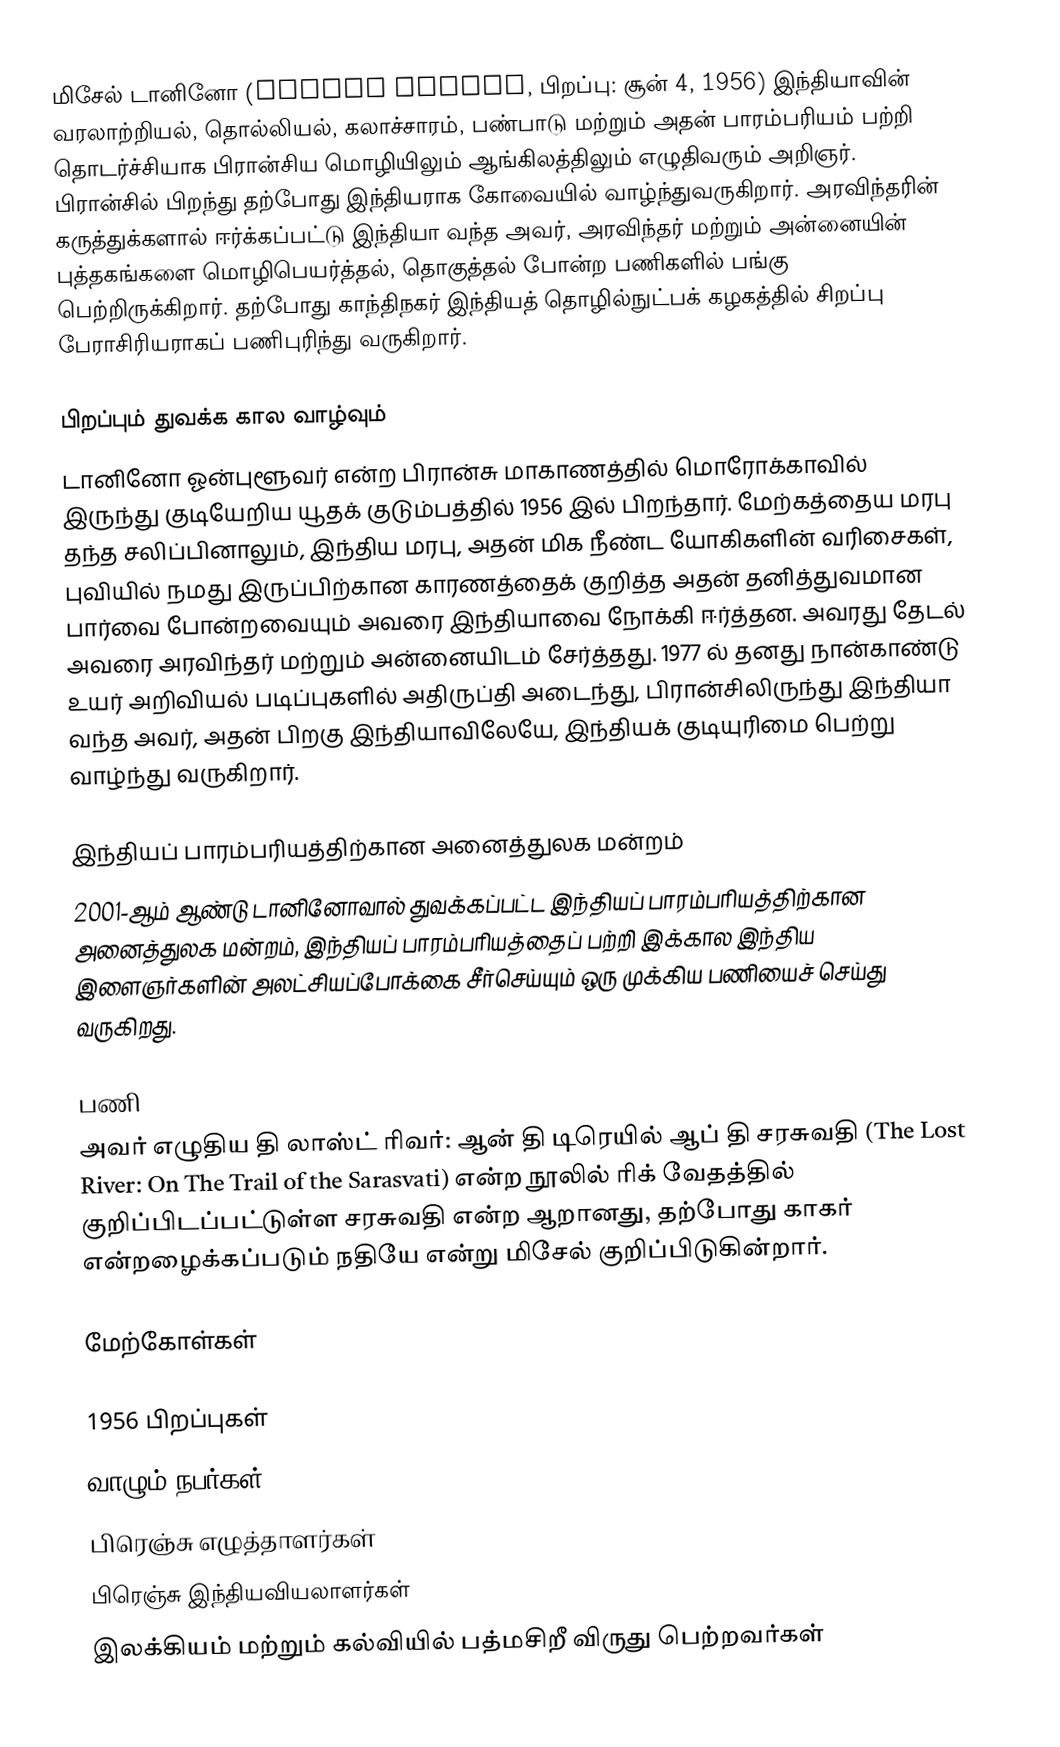
மிசேல் டானினோ (Michel Danino, பிறப்பு: சூன் 4, 1956) இந்தியாவின் வரலாற்றியல், தொல்லியல், கலாச்சாரம், பண்பாடு மற்றும் அதன் பாரம்பரியம் பற்றி தொடர்ச்சியாக பிரான்சிய மொழியிலும் ஆங்கிலத்திலும் எழுதிவரும் அறிஞர். பிரான்சில் பிறந்து தற்போது இந்தியராக கோவையில் வாழ்ந்துவருகிறார். அரவிந்தரின் கருத்துக்களால் ஈர்க்கப்பட்டு இந்தியா வந்த அவர், அரவிந்தர் மற்றும் அன்னையின் புத்தகங்களை மொழிபெயர்த்தல், தொகுத்தல் போன்ற பணிகளில் பங்கு பெற்றிருக்கிறார். தற்போது காந்திநகர் இந்தியத் தொழில்நுட்பக் கழகத்தில் சிறப்பு பேராசிரியராகப் பணிபுரிந்து வருகிறார்.

பிறப்பும் துவக்க கால வாழ்வும்
டானினோ ஓன்புளூவர் என்ற பிரான்சு மாகாணத்தில் மொரோக்காவில் இருந்து குடியேறிய யூதக் குடும்பத்தில் 1956 இல் பிறந்தார். மேற்கத்தைய மரபு தந்த சலிப்பினாலும், இந்திய மரபு, அதன் மிக நீண்ட யோகிகளின் வரிசைகள், புவியில் நமது இருப்பிற்கான காரணத்தைக் குறித்த அதன் தனித்துவமான பார்வை போன்றவையும் அவரை இந்தியாவை நோக்கி ஈர்த்தன. அவரது தேடல் அவரை அரவிந்தர் மற்றும் அன்னையிடம் சேர்த்தது. 1977 ல் தனது நான்காண்டு உயர் அறிவியல் படிப்புகளில் அதிருப்தி அடைந்து, பிரான்சிலிருந்து இந்தியா வந்த அவர், அதன் பிறகு இந்தியாவிலேயே, இந்தியக் குடியுரிமை பெற்று வாழ்ந்து வருகிறார்.

இந்தியப் பாரம்பரியத்திற்கான அனைத்துலக மன்றம்
2001-ஆம் ஆண்டு டானினோவால் துவக்கப்பட்ட இந்தியப் பாரம்பரியத்திற்கான அனைத்துலக மன்றம், இந்தியப் பாரம்பரியத்தைப் பற்றி இக்கால இந்திய இளைஞர்களின் அலட்சியப்போக்கை சீர்செய்யும் ஒரு முக்கிய பணியைச் செய்து வருகிறது.

பணி
அவர் எழுதிய தி லாஸ்ட் ரிவர்: ஆன் தி டிரெயில் ஆப் தி சரசுவதி (The Lost River: On The Trail of the Sarasvati) என்ற நூலில் ரிக் வேதத்தில் குறிப்பிடப்பட்டுள்ள சரசுவதி என்ற ஆறானது, தற்போது காகர் என்றழைக்கப்படும் நதியே என்று மிசேல் குறிப்பிடுகின்றார்.

மேற்கோள்கள்

1956 பிறப்புகள்
வாழும் நபர்கள்
பிரெஞ்சு எழுத்தாளர்கள்
பிரெஞ்சு இந்தியவியலாளர்கள்
இலக்கியம் மற்றும் கல்வியில் பத்மசிறீ விருது பெற்றவர்கள்